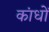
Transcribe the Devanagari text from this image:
कांधों